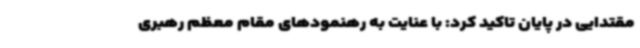
مقتدایی در پایان تاکید کرد: با عنایت به رهنمودهای مقام معظم رهبری